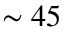
\sim 4 5